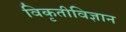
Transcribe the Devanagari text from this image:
विकृतीविज्ञान